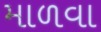
માળવા